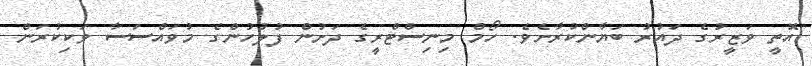
އޮތީ ވަޒީރުގެ ދައުރު ބަޔާންކުރާށެވެ. ހޯމް މިނިސްޓްރީގެ ދަށުން ފުލުހުންގެ މުވައްސަސާ ވަކިކުރަން